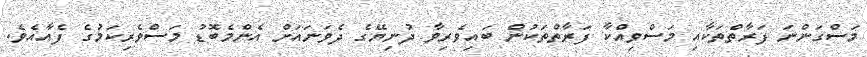
މަސްގަންނަ ފަރާތްތަކާއި މަސްވިއްކާ ފަރާތްތަކުން ބައިވެރިވާ ދުނިޔޭގެ ދެވަނައަށް އެންމެބޮޑު މަސްވެރިކަމުގެ ފެއާއެވެ.